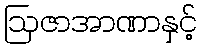
ဩဇာအာဏာနှင့်